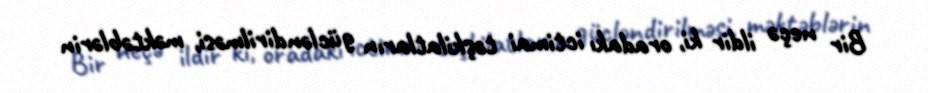
Bir neçə ildir ki, oradakı ictimai təşkilatların gücləndirilməsi, məktəblərin